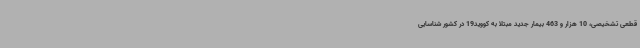
قطعی تشخیصی، 10 هزار و 463 بیمار جدید مبتلا به کووید19 در کشور شناسایی